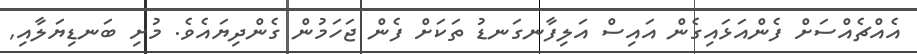
އެއްޗެއްސަށް ފެންއަޅައިގެން އައިސް އަލިފާނގަނޑު ތަކަށް ފެން ޖަހަމުން ގެންދިޔައެވެ. މުށި ބަނޑިޔަލާއި